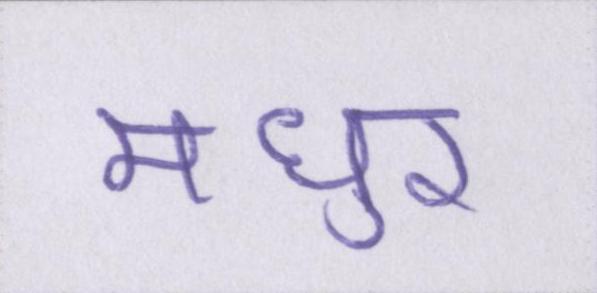
मधुर